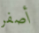
أصفر